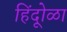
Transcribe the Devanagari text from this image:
हिंदूोळा